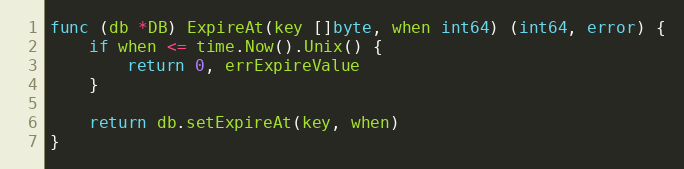
Language: Go
func (db *DB) ExpireAt(key []byte, when int64) (int64, error) {
	if when <= time.Now().Unix() {
		return 0, errExpireValue
	}

	return db.setExpireAt(key, when)
}